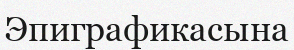
Эпиграфикасына